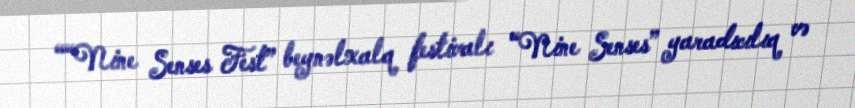
““Nine Senses Fest” beynəlxalq festivalı “Nine Senses” yaradıcılıq və